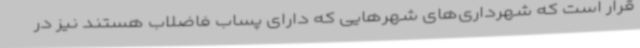
قرار است که شهرداری‌های شهرهایی که دارای پساب فاضلاب هستند نیز در